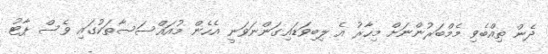
ދެން ތިއްބެވި މެމްބަރުންނަށް މިހާރު އެ ލިބިވަޑައިގަންނަވަނީ އެހެން މުއައްސަސާތަކުގައި ވެސް ޕާޓު